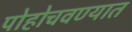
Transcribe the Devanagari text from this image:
पोहोचवण्यात